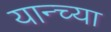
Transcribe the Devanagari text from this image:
यान्च्या